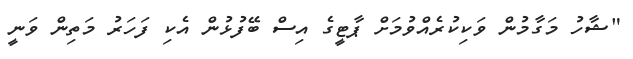
"ޝާހު މަގާމުން ވަކިކުރެއްވުމަށް ޕާޓީގެ އިސް ބޭފުޅުން އެކި ފަހަރު މަތިން ވަނީ